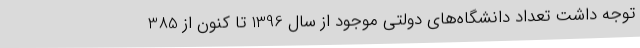
توجه داشت تعداد دانشگاه‌های دولتی موجود از سال 1396 تا کنون از 385